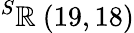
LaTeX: ^{S}\mathbb{R}\ (19,18)